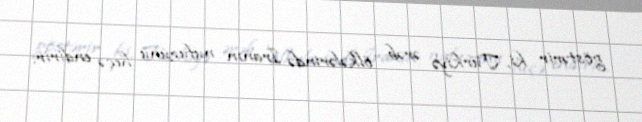
göstərir ki, Türkiyə ərəb ölkələrində İranın nüfuzunu heçə endirir.